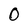
Character: 0